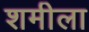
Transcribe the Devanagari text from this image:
शमीला